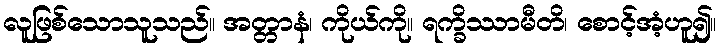
လူဖြစ်သောသူသည်။ အတ္တာနံ၊ ကိုယ်ကို။ ရက္ခိဿာမီတိ၊ စောင့်အံ့ဟူ၍။